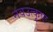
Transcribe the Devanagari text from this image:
नवउत्कृष्ट